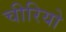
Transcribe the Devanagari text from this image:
चीरियो